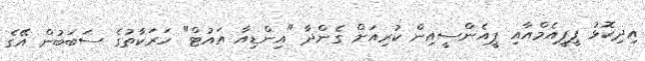
އިދިކޮޅު ޕީޕީއެމްއާއި ޕީއެންސީއިން ކުރިއަށް ގެންދާ "އިންޑިއާ އައުޓް" ހަރަކާތުގެ ސަބަބުން އޭގެ